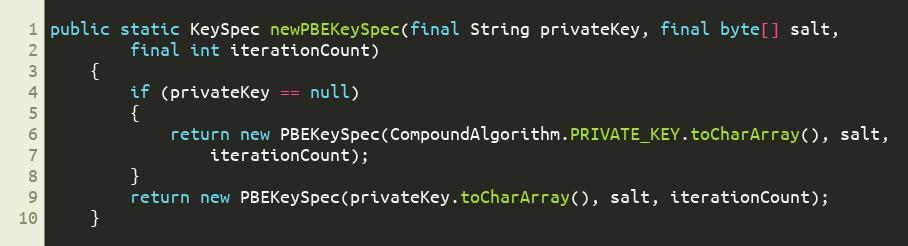
Language: Java
public static KeySpec newPBEKeySpec(final String privateKey, final byte[] salt,
		final int iterationCount)
	{
		if (privateKey == null)
		{
			return new PBEKeySpec(CompoundAlgorithm.PRIVATE_KEY.toCharArray(), salt,
				iterationCount);
		}
		return new PBEKeySpec(privateKey.toCharArray(), salt, iterationCount);
	}